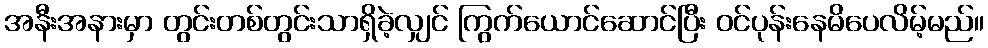
အနီးအနားမှာ တွင်းတစ်တွင်းသာရှိခဲ့လျှင် ကြွက်ယောင်ဆောင်ပြီး ဝင်ပုန်းနေမိပေလိမ့်မည်။